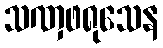
သဏှဖရုသေန